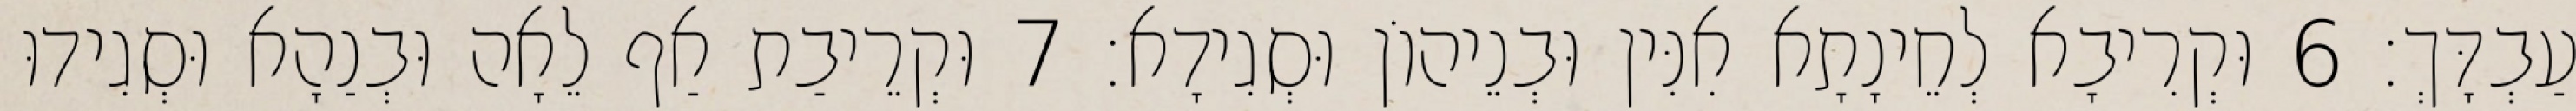
עַבְדָּךְ׃ 6 וּקְרִיבָא לְחֵינָתָא אִנִּין וּבְנֵיהוֹן וּסְגִידָא׃ 7 וּקְרֵיבַת אַף לֵאָה וּבְנַהָא וּסְגִידוּ